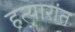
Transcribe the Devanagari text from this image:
हत्यारांत